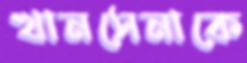
খানসেনাকে